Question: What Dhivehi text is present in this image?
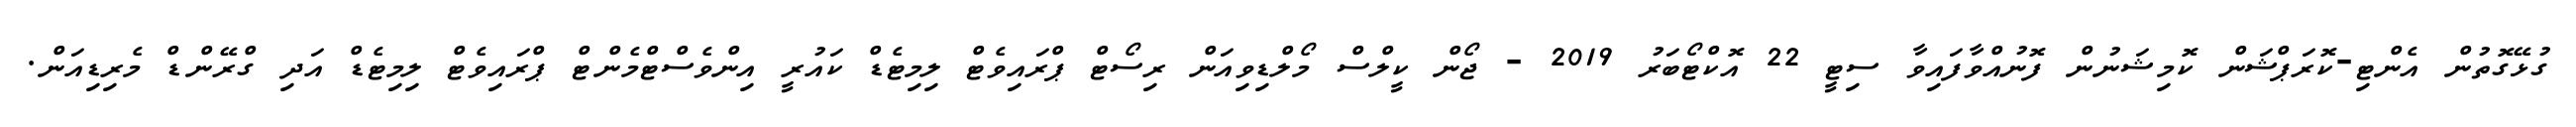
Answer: ގުޅޭގޮތުން އެންޓި-ކޮރަޕްޝަން ކޮމިޝަނުން ފޮނުއްވާފައިވާ ސިޓީ 22 އޮކްޓޯބަރު 2019 - ޖޯން ކީލްސް މޯލްޑިވިއަން ރިސޯޓް ޕްރައިވެޓް ލިމިޓެޑް ކައުރީ އިންވެސްޓްމެންޓް ޕްރައިވެޓް ލިމިޓެޑް އަދި ގްރޭންޑް މެރިޑިއަން.